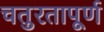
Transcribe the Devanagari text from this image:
चतुरतापूर्ण